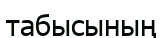
табысының